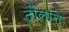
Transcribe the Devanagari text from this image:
दौलाने